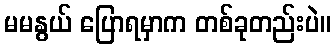
မမနွယ် ပြောရမှာက တစ်ခုတည်းပဲ။